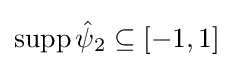
\operatorname {supp} {\hat {\psi }}_{2}\subseteq [-1,1]